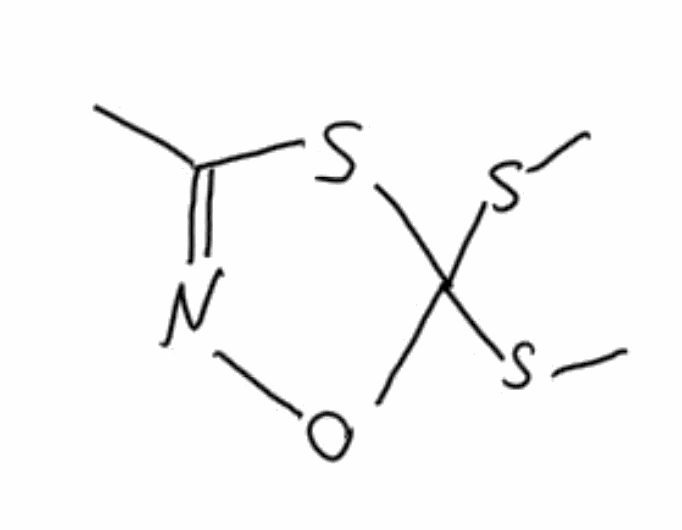
Simplified molecular-input line-entry system (SMILES) notation of the given molecule:
CC1=NOC(S1)(SC)SC